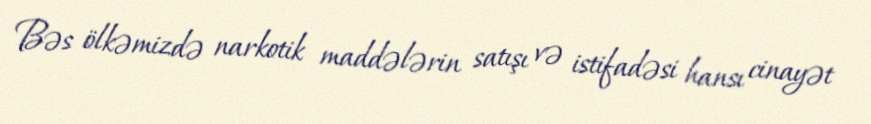
Bəs ölkəmizdə narkotik maddələrin satışı və istifadəsi hansı cinayət